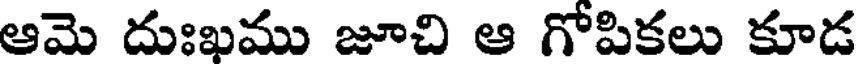
ఆమె దుఃఖము జూచి ఆ గోపికలు కూడ